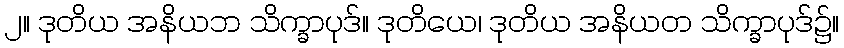
၂။ ဒုတိယ အနိယဘ သိက္ခာပုဒ်။ ဒုတိယေ၊ ဒုတိယ အနိယတ သိက္ခာပုဒ်၌။